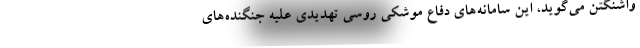
واشنگتن می‌گوید، این سامانه‌های دفاع موشکی روسی تهدیدی علیه جنگنده‌های